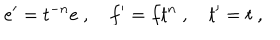
LaTeX: e ^ { \prime } = t ^ { - n } e ~ , ~ f ^ { \prime } = f t ^ { n } ~ , ~ t ^ { \prime } = t ~ ,